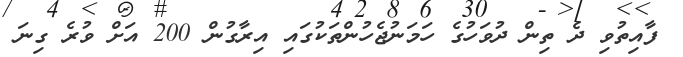
ފާއިތުވި ދެ ތިން ދުވަހުގެ ހަމަނުޖެހުންތަކުގައި އިރާގުން 200 އަށް ވުރެ ގިނަ